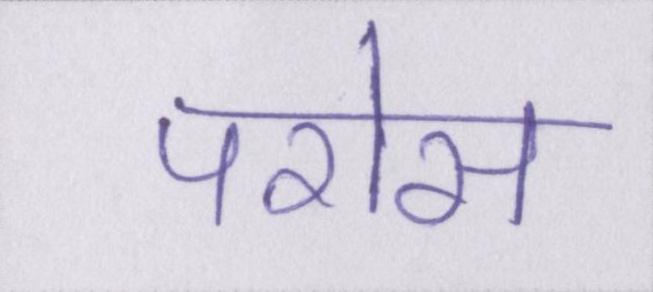
परोस